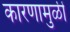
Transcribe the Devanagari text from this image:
कारणामुळीं